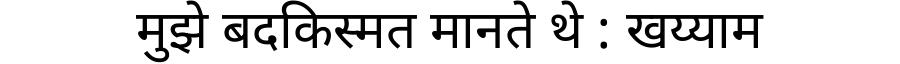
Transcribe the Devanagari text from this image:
मुझे बदकिस्मत मानते थे : खय्याम